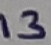
Text: 13